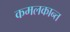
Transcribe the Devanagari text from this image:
कमलकान्‍त